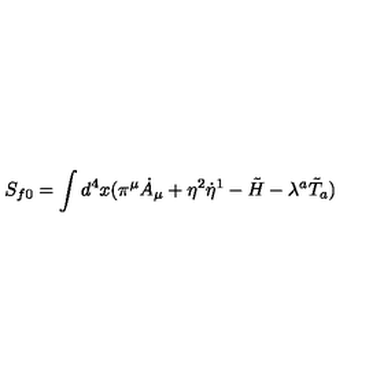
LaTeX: S _ { f 0 } = \int d ^ { 4 } x ( \pi ^ { \mu } \dot { A } _ { \mu } + \eta ^ { 2 } \dot { \eta } ^ { 1 } - \tilde { H } - \lambda ^ { a } \tilde { T } _ { a } )